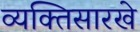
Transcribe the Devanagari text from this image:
व्यक्तिसारखे